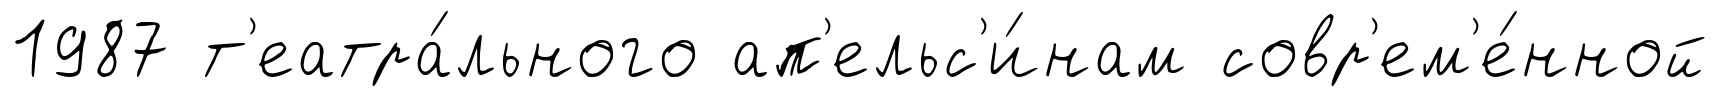
1987 т'еатра́льного ап'ельс'и́нам совр'ем'е́нной